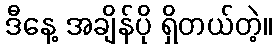
ဒီနေ့ အချိန်ပို ရှိတယ်တဲ့။